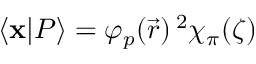
\langle \mathbf { x } | P \rangle = \varphi _ { p } ( \vec { r } ) \, ^ { 2 } \chi _ { \pi } ( \zeta )